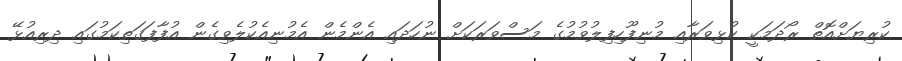
ކުރިޔަށްއޮތް ރޯދަމަކީ ކުޅިވަރާއި މުނިފޫހިފިލުވުމުގެ މަސްވަރަކަށް ނުހަދައި އެންމެން އެމުނިއެކުލެވިގެން އުފާފަގަތިކަމުގައި ދިރިއުޅޭ